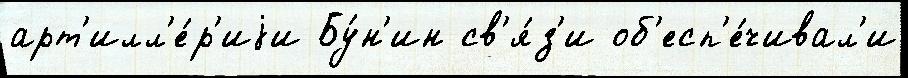
арт'илл'е́р'иjи Бу́н'ин св'я́з'и об'есп'е́чивал'и